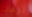
ترهات